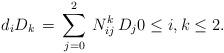
LaTeX: \begin{align*}d_iD_k\,=\,\sum_{j=0}^2\, N_{ij}^k\, D_j 0\le i,k\le 2.\end{align*}